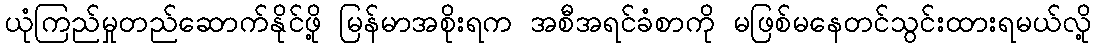
ယုံကြည်မှုတည်ဆောက်နိုင်ဖို့ မြန်မာအစိုးရက အစီအရင်ခံစာကို မဖြစ်မနေတင်သွင်းထားရမယ်လို့